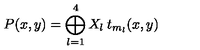
P ( x , y ) = \bigoplus _ { l = 1 } ^ { 4 } X _ { l } \: t _ { m _ { l } } ( x , y )